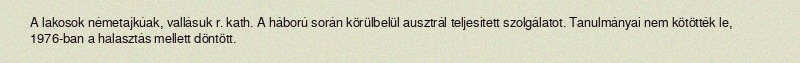
A lakosok németajkúak, vallásuk r. kath. A háború során körülbelül ausztrál teljesített szolgálatot. Tanulmányai nem kötötték le, 1976-ban a halasztás mellett döntött.